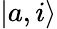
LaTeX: \left\vert a,i\right\rangle